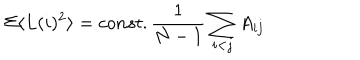
LaTeX: \Sigma \langle L ( i ) ^ { 2 } \rangle = c o n s t . \frac { 1 } { N - 1 } \sum _ { i < j } A _ { i j }